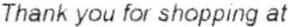
THANK YOU FOR SHOPPING AT